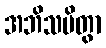
အဘိသပိတွာ